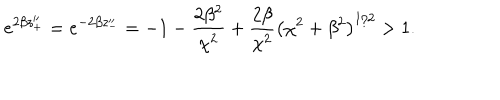
e ^ { 2 \beta z _ { + } ^ { \prime \prime } } = e ^ { - 2 \beta z _ { - } ^ { \prime \prime } } = - 1 - \frac { 2 \beta ^ { 2 } } { \chi ^ { 2 } } + \frac { 2 \beta } { \chi ^ { 2 } } \left( \chi ^ { 2 } + \beta ^ { 2 } \right) ^ { 1 / 2 } > 1 .